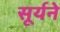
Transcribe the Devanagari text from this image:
सूर्यने